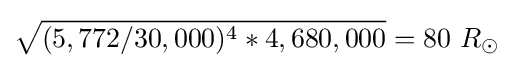
{\sqrt {(5,772/30,000)^{4}*4,680,000}}=80\ R_{\odot }